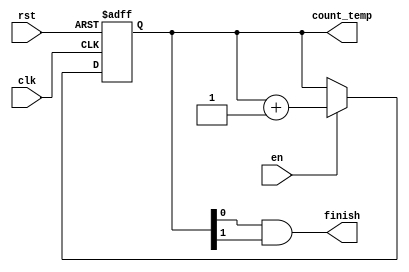
module count_2bit_enable (clk,rst,en,finish,count_temp);

input clk;
input rst;
input en;
output finish;
output reg [1:0] count_temp;

always @ (posedge clk or posedge rst)
begin
if (rst) 
  count_temp <= 2'd0;
else if(en)
    count_temp <= count_temp + 2'd1;
end
assign finish = count_temp[0] && count_temp[1];

endmodule